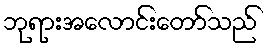
ဘုရားအလောင်းတော်သည်